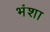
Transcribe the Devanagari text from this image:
भंशा